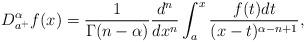
LaTeX: \begin{align*}D_{a^+}^{\alpha}f(x)=\frac{1}{\Gamma(n-\alpha)}\frac{d^{n}}{dx^{n}}\int_{a}^{x}\frac{f(t)dt}{(x-t)^{\alpha-n+1}},\end{align*}